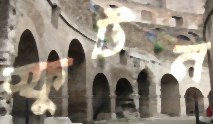
স্ফুটন